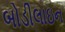
બોડીલાઇન